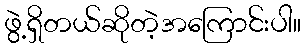
ဖွဲ့ရှိတယ်ဆိုတဲ့အကြောင်းပါ။